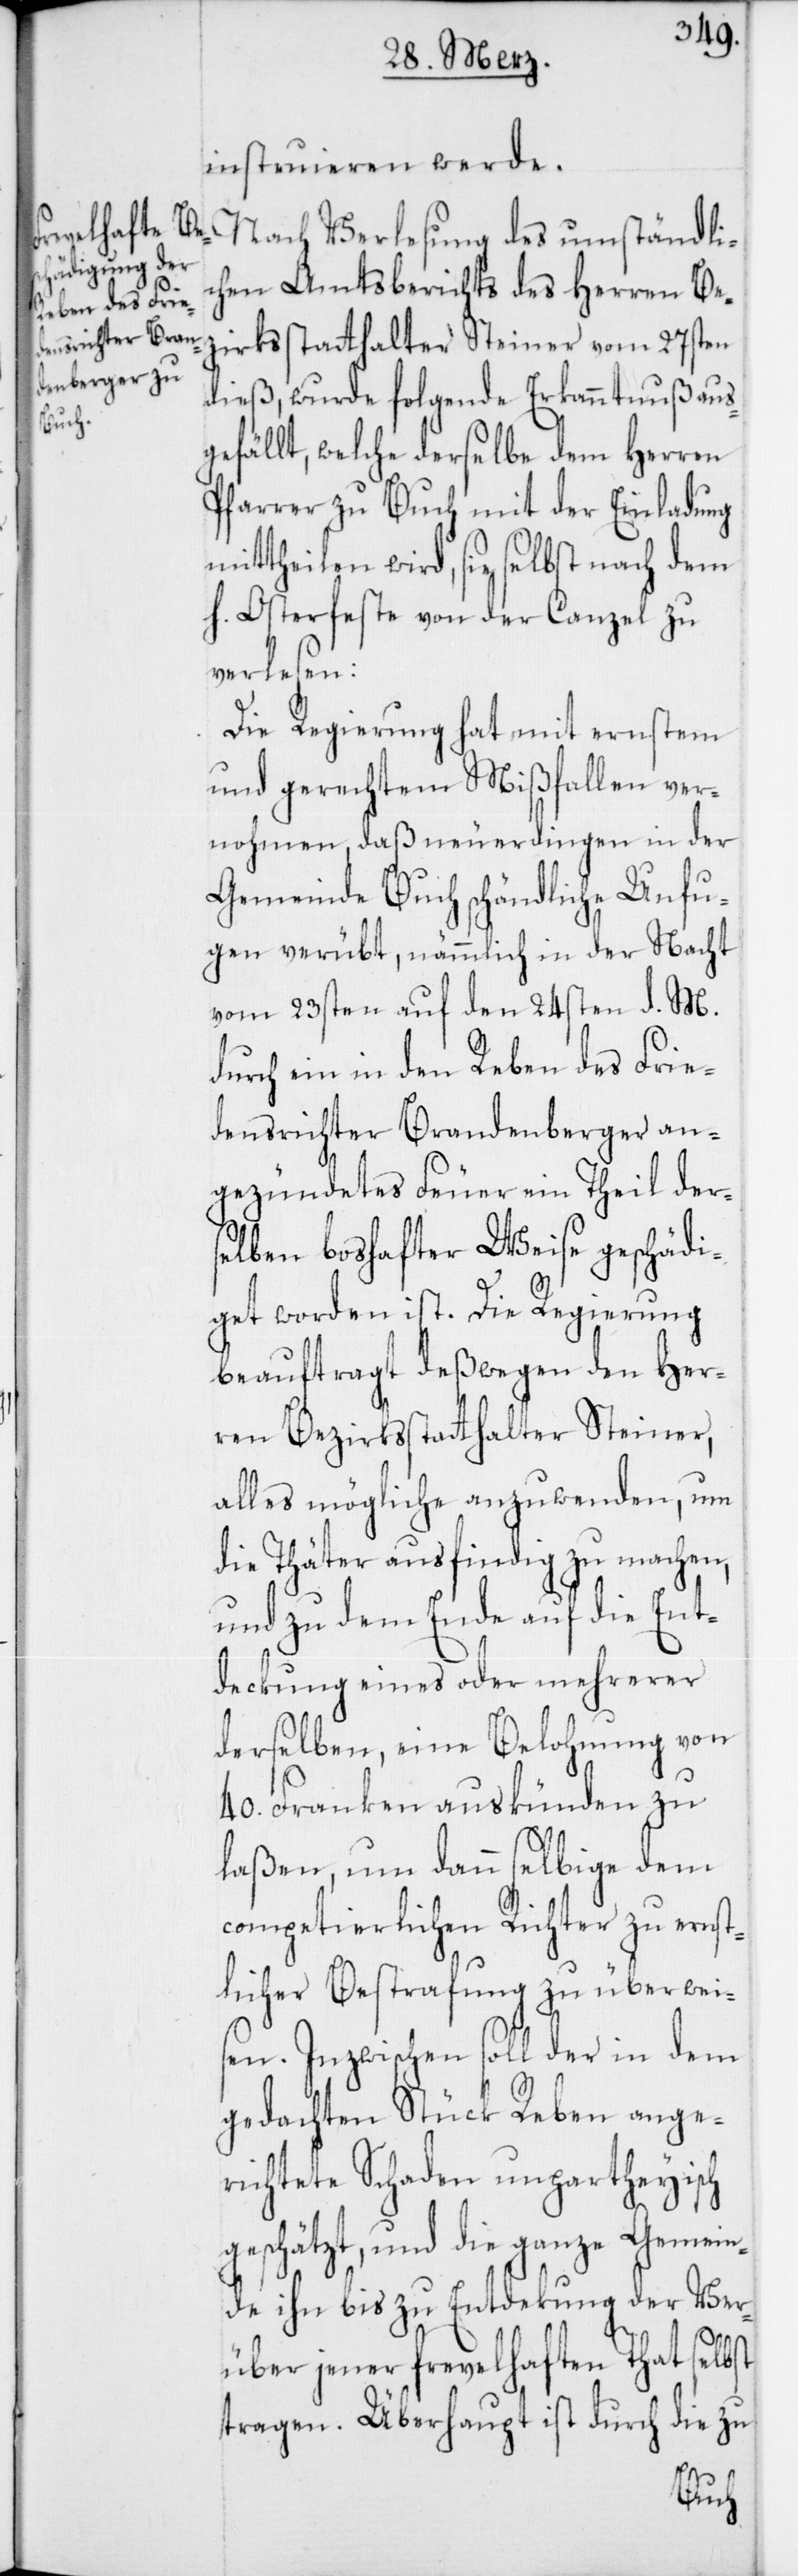
instruieren werde.
Nach Verlesung des umständli¬
chen Amtsberichts des Herren Bez¬
irksstatthalter Steiner vom 27sten
dieß, wurde folgende Erkanntnuß aus¬
gefällt, welche derselbe dem Herren
Pfarrer zu Buch mit der Einladung
mittheilen wird, sie selbst nach dem
h. Osterfeste von der Canzel zu
verlesen:
Die Regierung hat mit ernstem
und gerechtem Mißfallen ver¬
nohmen, daß neuerdingen in der
Gemeinde Buch schändliche Unfu¬
gen verübt, nämmlich in der Nacht
vom 23sten auf den 24sten d. M.
durch ein in den Reben des Frie¬
densrichter Brandenberger an¬
gezündetes Feuer ein Theil ders¬
elben boshafter Weise geschädi¬
get worden ist. Die Regierung
beauftragt deßwegen den Her¬
ren Bezirksstatthalter Steiner,
alles Mögliche anzuwenden, um
die Thäter ausfindig zu machen,
und zu dem Ende auf die Ent¬
deckung eines oder mehrerer
derselben, eine Belohnung von
40. Franken auskünden zu
laßen, um dann selbige dem
competierlichen Richter zu ernst¬
licher Bestrafung zu überwei¬
sen. Inzwischen soll der in dem
gedachten Stück Reben ange¬
richtete Schaden unparteyisch
geschätzt, und die ganze Gemein¬
de ihn bis zur Entdeckung der Ver¬
über jener frevelhaften That selbst
tragen. Überhaupt ist durch die zu